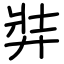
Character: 弉